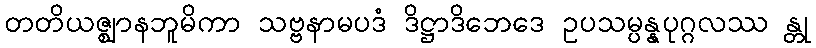
တတိယဇ္ဈာနဘူမိကာ သဗ္ဗနာမပဒံ ဒိဋ္ဌာဒိဘေဒေ ဥပသမ္ပန္နပုဂ္ဂလဿ န္တု